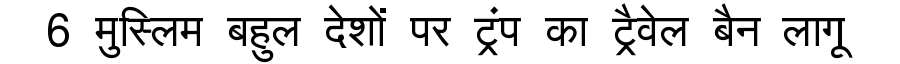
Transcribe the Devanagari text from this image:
6 मुस्लिम बहुल देशों पर ट्रंप का ट्रैवेल बैन लागू